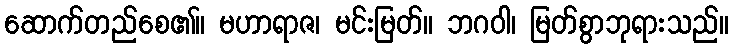
ဆောက်တည်စေ၏။ မဟာရာဇ၊ မင်းမြတ်။ ဘဂဝါ၊ မြတ်စွာဘုရားသည်။